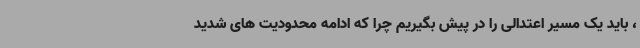
، باید یک مسیر اعتدالی را در پیش بگیریم چرا که ادامه محدودیت های شدید